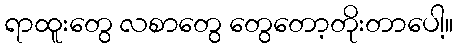
ရာထူးတွေ လစာတွေ တွေတော့တိုးတာပေါ့။